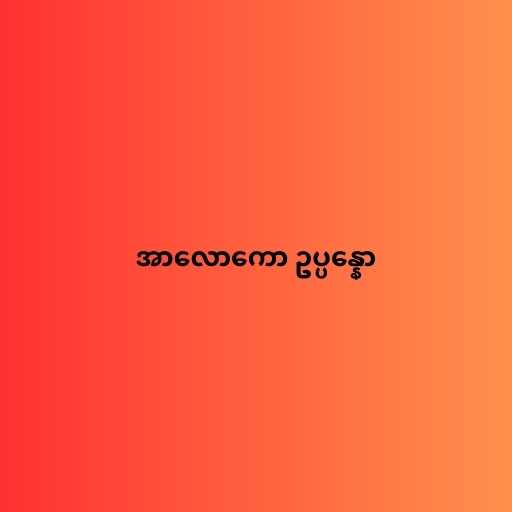
အာလောကော ဥပ္ပန္နော